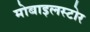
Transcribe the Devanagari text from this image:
मोबाइलस्टोर